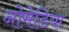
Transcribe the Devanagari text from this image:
नोमेडिया